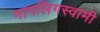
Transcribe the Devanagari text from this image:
नागलिंगस्वामी